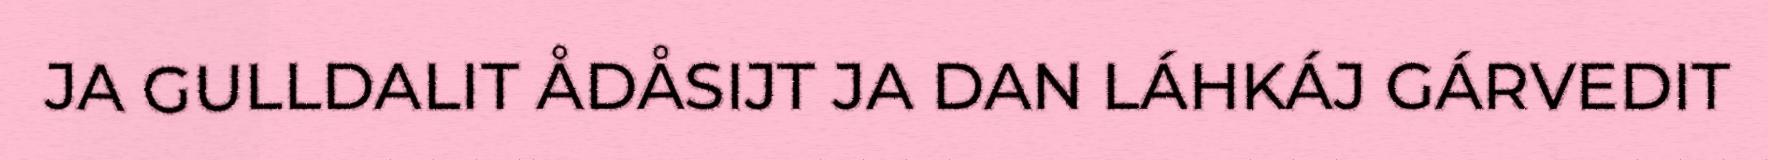
JA GULLDALIT ÅDÅSIJT JA DAN LÁHKÁJ GÁRVEDIT